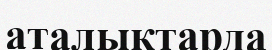
аталықтарда